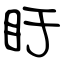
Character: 盱